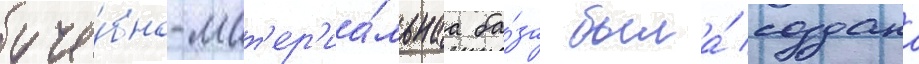
уче́бно-мат'ер'иа́льнаа ба́за была́ создана